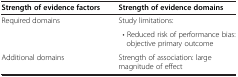
<table><thead><tr><td><b>Strength of evidence factors</b></td><td><b>Strength of evidence domains</b></td></tr></thead><tbody><tr><td rowspan="2">Required domains</td><td>Study limitations:</td></tr><tr><td> • Reduced risk of performance bias: objective primary outcome</td></tr><tr><td>Additional domains</td><td>Strength of association: large magnitude of effect</td></tr></tbody></table>